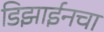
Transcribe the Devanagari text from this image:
डिझाईनचा